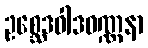
ဥစ္ဆေဒဝါဒဝဏ္ဏနာ